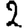
Digit: 2